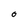
Character: O